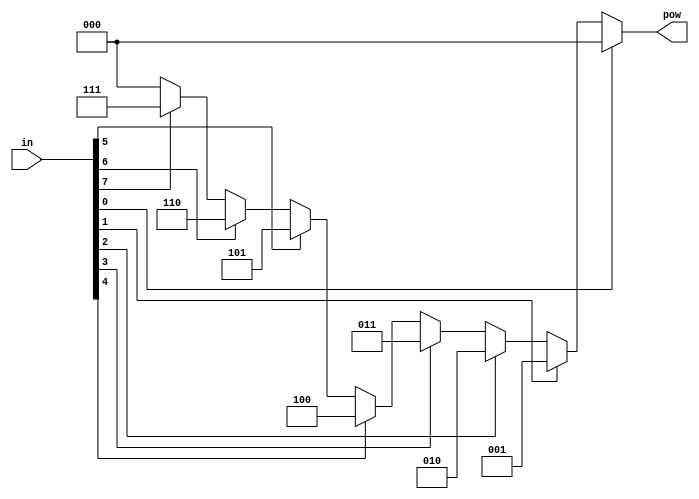
module encoder(
        input  wire [7:0] in,
        output wire [2:0] pow
);
assign pow =    (in[0]) ? 3'd0 :
                (in[1]) ? 3'd1 :
                (in[2]) ? 3'd2 :
                (in[3]) ? 3'd3 :
                (in[4]) ? 3'd4 :
                (in[5]) ? 3'd5 :
                (in[6]) ? 3'd6 :
                (in[7]) ? 3'd7 : 3'd0;


endmodule